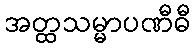
အတ္ထသမ္မာပဏီဓီ